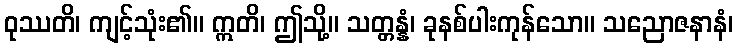
ဝုဿတိ၊ ကျင့်သုံး၏။ ဣတိ၊ ဤသို့။ သတ္တန္နံ၊ ခုနစ်ပါးကုန်သော။ သညောဇနာနံ၊